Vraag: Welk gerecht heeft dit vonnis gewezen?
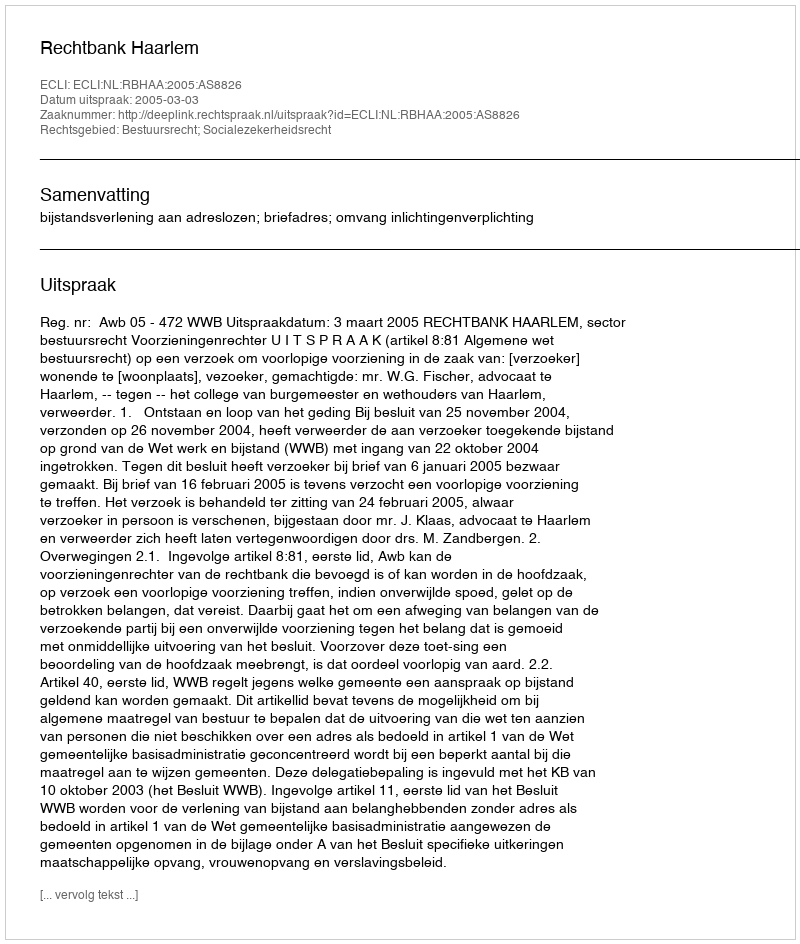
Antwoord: Rechtbank Haarlem